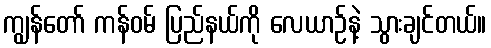
ကျွန်တော် ကန်ဝမ် ပြည်နယ်ကို လေယာဉ်နဲ့ သွားချင်တယ်။